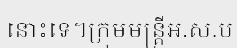
នោះទេ។ក្រុមមន្ត្រីអ.ស.ប